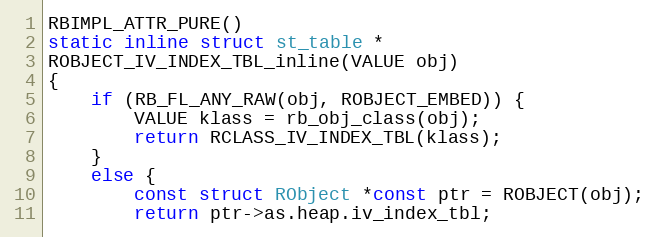
Language: C
RBIMPL_ATTR_PURE()
static inline struct st_table *
ROBJECT_IV_INDEX_TBL_inline(VALUE obj)
{
    if (RB_FL_ANY_RAW(obj, ROBJECT_EMBED)) {
        VALUE klass = rb_obj_class(obj);
        return RCLASS_IV_INDEX_TBL(klass);
    }
    else {
        const struct RObject *const ptr = ROBJECT(obj);
        return ptr->as.heap.iv_index_tbl;